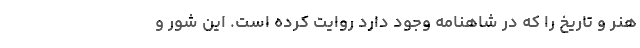
هنر و تاریخ را که در شاهنامه وجود دارد روایت کرده است. این شور و